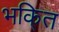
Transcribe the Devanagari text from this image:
भकि्‌त